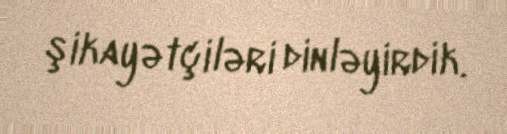
şikayətçiləri dinləyirdik.